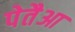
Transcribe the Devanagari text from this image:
पेतैआ